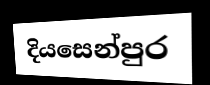
දියසෙන්පුර